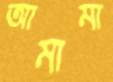
আমামা